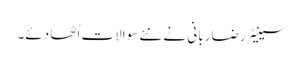
سینیٹر رضا ربانی نے نئے سوالات اُٹھا دئے۔